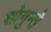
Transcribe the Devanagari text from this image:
शोगुन्ते